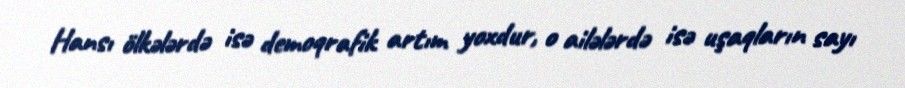
Hansı ölkələrdə isə demoqrafik artım yoxdur, o ailələrdə isə uşaqların sayı